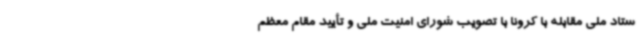
ستاد ملی مقابله با کرونا با تصویب شورای امنیت ملی و تأیید مقام معظم